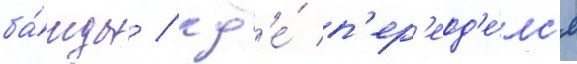
ба́нды / гд'е́ п'ер'еод'е́лс'я